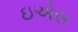
ઇએસ